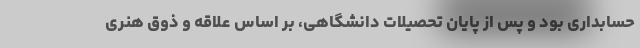
حسابداری بود و پس از پایان تحصیلات دانشگاهی، بر اساس علاقه و ذوق هنری